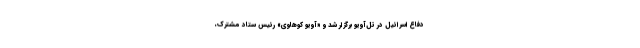
دفاع اسرائیل در تل‌آویو برگزار شد و «آویو کوهاوی» رئیس ستاد مشترک،